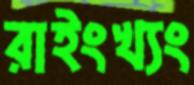
রাইংখ্যং